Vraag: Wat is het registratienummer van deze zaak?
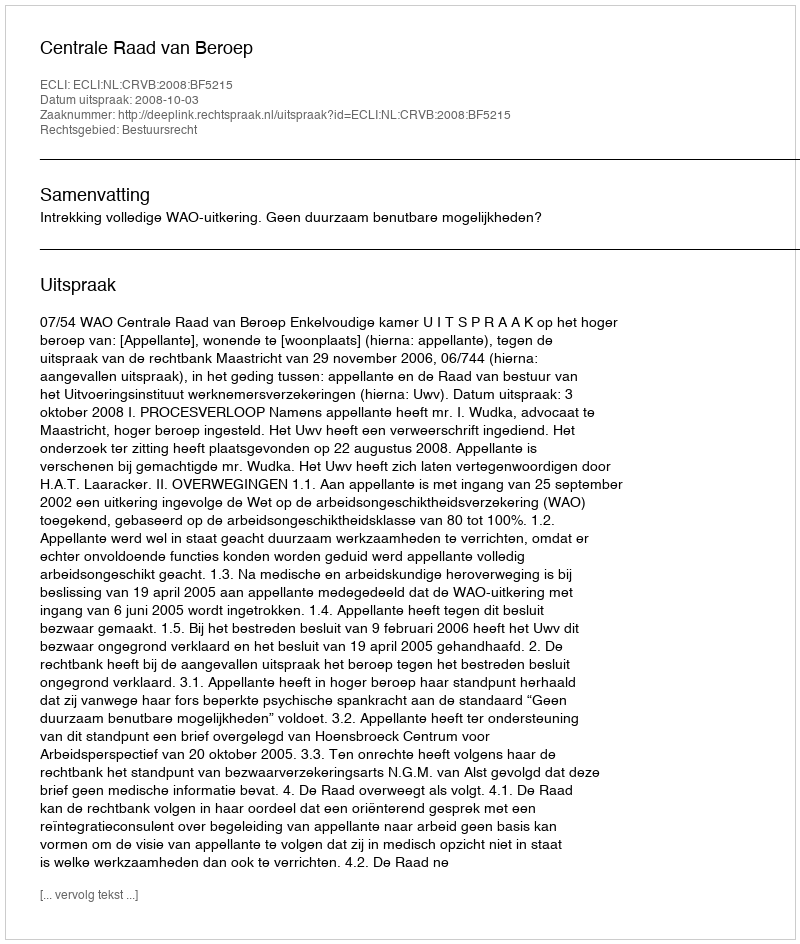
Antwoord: http://deeplink.rechtspraak.nl/uitspraak?id=ECLI:NL:CRVB:2008:BF5215